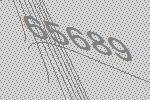
65689